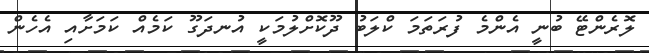
ލޮރެންޓޭ ބުނީ އެންމެ ފުރަތަމަ ކްލަބު ދޫކޮށްލުމަކީ އުނދަގޫ ކަމެއް ކަމަށާއި އެހެން